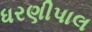
ધરણીપાલ